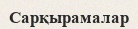
Сарқырамалар